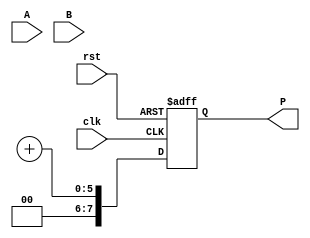
module dadda_multiplier #(parameter N = 4) (
    input [N-1:0] A,        // Multiplicand
    input [N-1:0] B,        // Multiplier
    input clk,              // Clock signal
    input rst,              // Reset signal
    output reg [2*N-1:0] P  // Product output
);

    // Partial product generation
    wire [N-1:0] pp [N-1:0]; // Partial products
    genvar i;
    generate
        for (i = 0; i < N; i = i + 1) begin : pp_gen
            assign pp[i] = A & {N{B[i]}}; // Generate partial products
        end
    endgenerate

    // Reduction tree
    wire [N-1:0] sum [N:0]; // Intermediate sums
    wire [N:0] carry [N:0]; // Carry bits

    // Initial stage of reduction
    genvar j, k;
    generate
        for (j = 0; j < N; j = j + 1) begin : reduction_stage
            for (k = 0; k < (N - j - 1); k = k + 1) begin : add
                if (j == 0) begin
                    assign sum[j][k] = pp[k][j] ^ pp[k+1][j];
                    assign carry[j][k] = pp[k][j] & pp[k+1][j];
                end else begin
                    assign sum[j][k] = sum[j-1][k] ^ carry[j-1][k];
                    assign carry[j][k] = sum[j-1][k] & carry[j-1][k];
                end
            end
        end
    endgenerate

    // Final addition stage
    wire [2*N-1:0] final_sum;
    wire [2*N-1:0] final_carry;

    assign final_sum = {1'b0, sum[N-1]} + {1'b0, carry[N-1]}; // Final addition

    // Output assignment
    always @(posedge clk or posedge rst) begin
        if (rst) begin
            P <= 0; // Reset product
        end else begin
            P <= final_sum; // Assign final product
        end
    end

endmodule